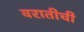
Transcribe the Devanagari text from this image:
वरातीची